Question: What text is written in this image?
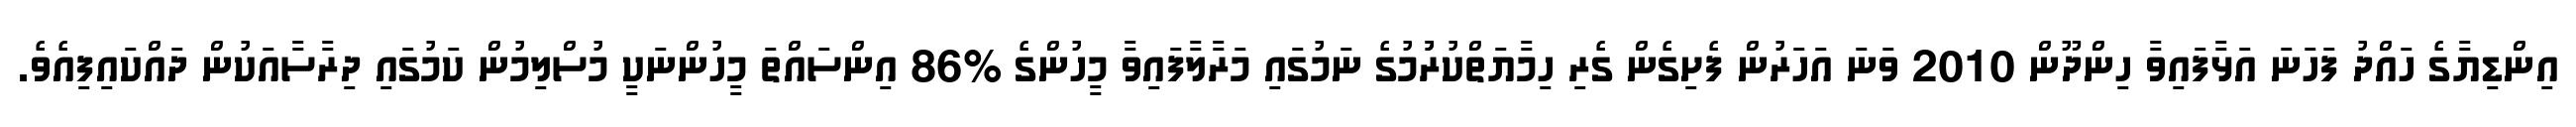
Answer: އިންޑިޔާގެ ހައްދު ފަހަނަ އަޅާފައިވާ ހިންދޫން 2010 ވަނަ އަހަރުން ފެށިގެން ގެރި ހިމާޔަތްކުރުުމުގެ ނަމުގައި މަރާލާފައިވާ މީހުންގެ %86 އިންސައްތަ މީހުންނަކީ މުސްލިމުން ކަމުގައި ދިރާސާއަކުން ދައްކައިފިއެވެ.